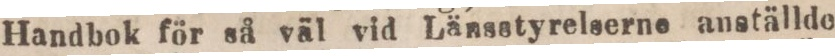
Handbok för så väl vid Länsstyrelserne anställde